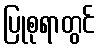
ပြုစုရာတွင်